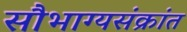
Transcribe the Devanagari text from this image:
सौभाग्यसंक्रांत